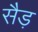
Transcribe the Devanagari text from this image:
सैड़